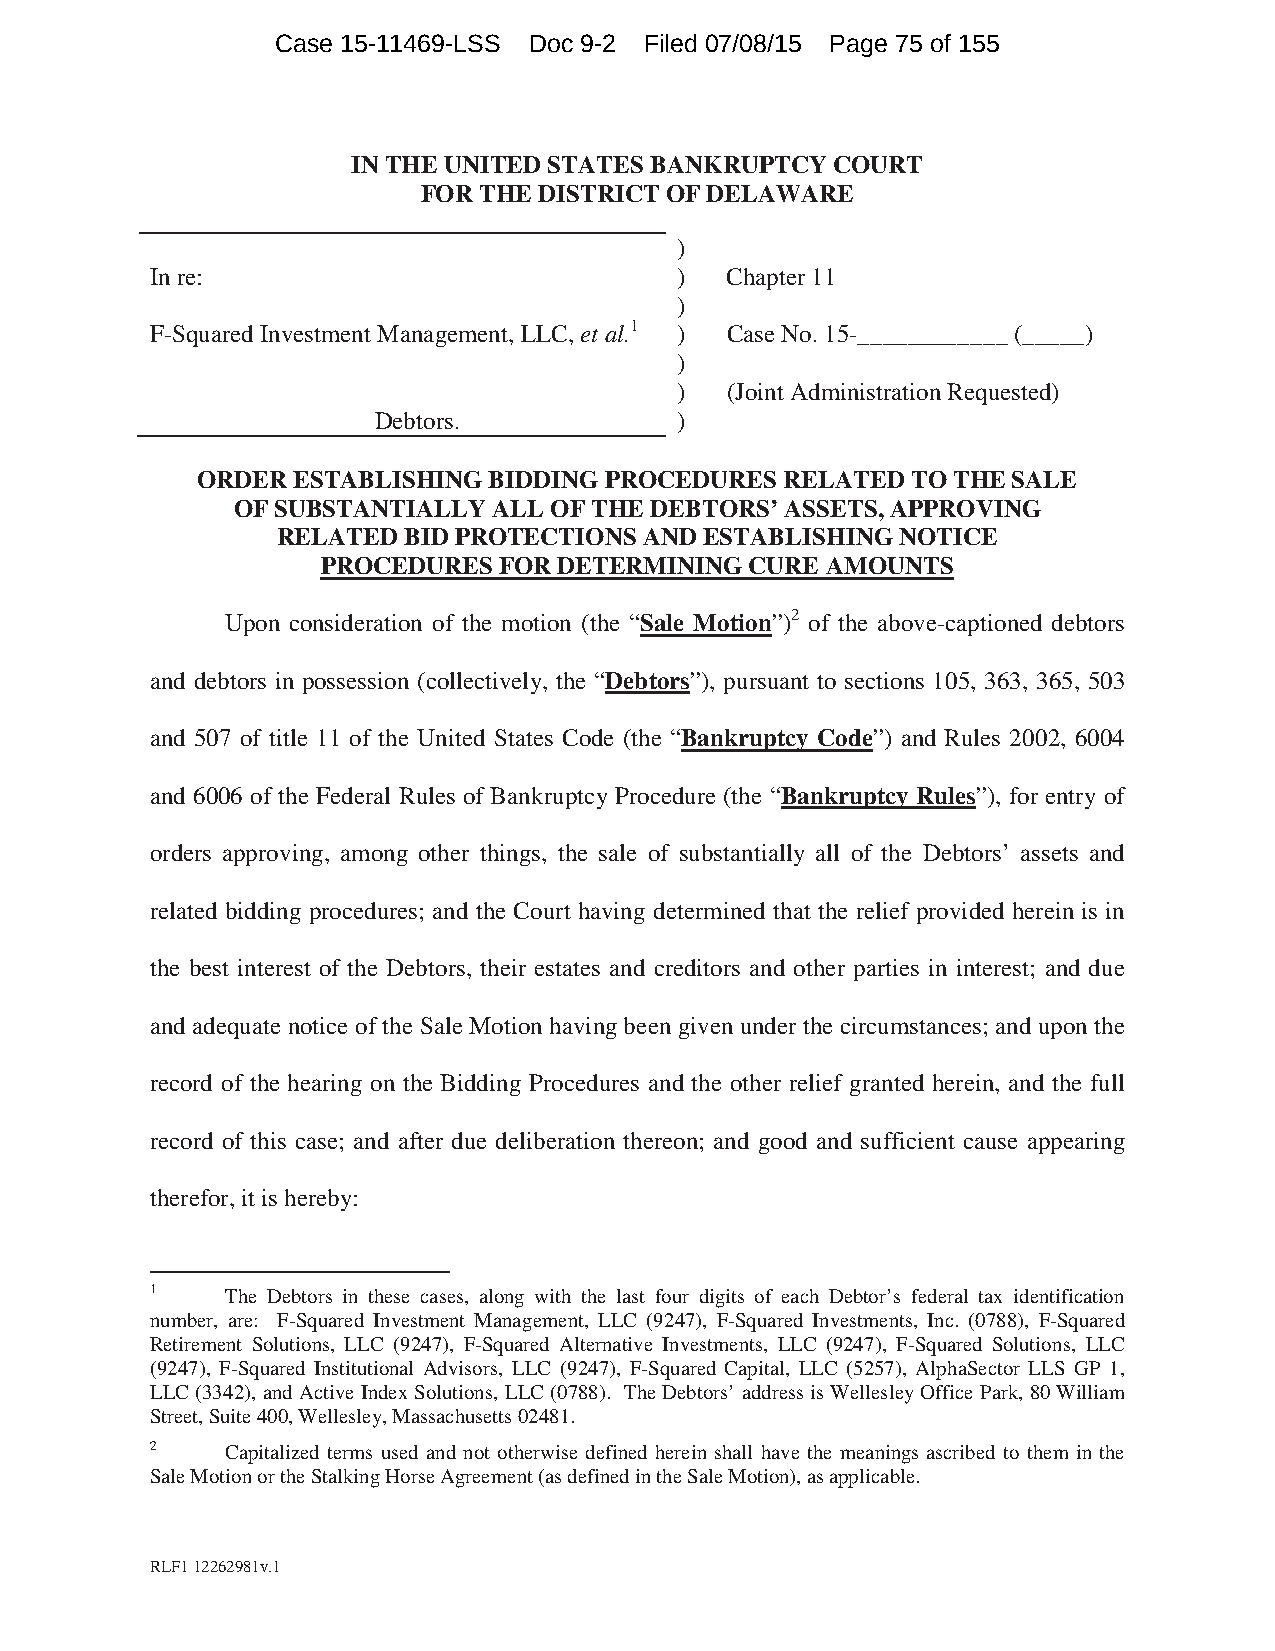
Case 15-11469-LSS Doc 9-2 Filed 07/08/15 Page 75 of 155
 IN THE UNITED STATES BANKRUPTCY COURT
 FOR THE DISTRICT OF DELAWARE
 )
 In re:                             )  Chapter 11
 )
 F-Squared Investment Management, LLC, et al.1 ) Case No. 15-____________ (_____)
 )
 )  (Joint Administration Requested)
 Debtors.            )
 ORDER ESTABLISHING BIDDING PROCEDURES  RELATED TO THE SALE
 OF SUBSTANTIALLY  ALL OF THE DEBTORS’ ASSETS, APPROVING
 RELATED  BID PROTECTIONS AND ESTABLISHING NOTICE
 PROCEDURES  FOR DETERMINING  CURE AMOUNTS
 Upon consideration of the motion (the “Sale Motion”)2 of the above-captioned debtors
 and debtors in possession (collectively, the “Debtors”), pursuant to sections 105, 363, 365, 503
 and 507 of title 11 of the United States Code (the “Bankruptcy Code”) and Rules 2002, 6004
 and 6006 of the Federal Rules of Bankruptcy Procedure (the “Bankruptcy Rules”), for entry of
 orders approving, among other things, the sale of substantially all of the Debtors’ assets and
 related bidding procedures; and the Court having determined that the relief provided herein is in
 the best interest of the Debtors, their estates and creditors and other parties in interest; and due
 and adequate notice of the Sale Motion having been given under the circumstances; and upon the
 record of the hearing on the Bidding Procedures and the other relief granted herein, and the full
 record of this case; and after due deliberation thereon; and good and sufficient cause appearing
 therefor, it is hereby:
 1    The Debtors in these cases, along with the last four digits of each Debtor’s federal tax identification
 number, are: F-Squared Investment Management, LLC (9247), F-Squared Investments, Inc. (0788), F-Squared
 Retirement Solutions, LLC (9247), F-Squared Alternative Investments, LLC (9247), F-Squared Solutions, LLC
 (9247), F-Squared Institutional Advisors, LLC (9247), F-Squared Capital, LLC (5257), AlphaSector LLS GP 1,
 LLC (3342), and Active Index Solutions, LLC (0788). The Debtors’ address is Wellesley Office Park, 80 William
 Street, Suite 400, Wellesley, Massachusetts 02481.
 2    Capitalized terms used and not otherwise defined herein shall have the meanings ascribed to them in the
 Sale Motion or the Stalking Horse Agreement (as defined in the Sale Motion), as applicable.
 RLF1 12262981v.1